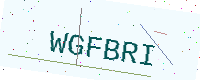
Text: WGFBRI